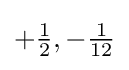
+{\tfrac {1}{2}},-{\tfrac {1}{12}}